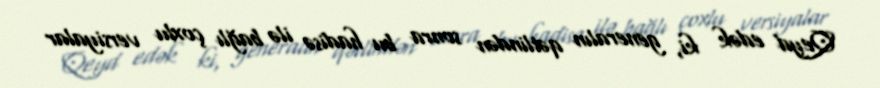
Qeyd edək ki, generalın qətlindən sonra bu hadisə ilə bağlı çoxlu versiyalar